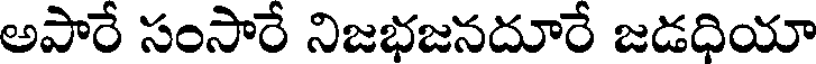
అపారే సంసారే నిజభజనదూరే జడధియా